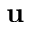
\triangledown \mathbf { u }